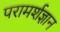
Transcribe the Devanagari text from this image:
परामर्शज्ञान